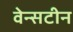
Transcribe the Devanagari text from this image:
वेन्सटीन